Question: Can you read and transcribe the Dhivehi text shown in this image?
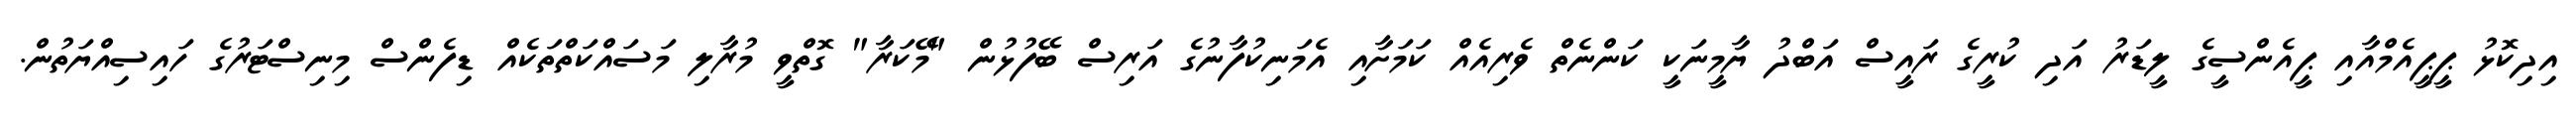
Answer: އިދިކޮޅު ޕީޕީއެމްއާއި ޕީއެންސީގެ ލީޑަރު އަދި ކުރީގެ ރައީސް އަބްދު ޔާމީނަކީ ކަންނެތް ވެރިއެއް ކަމަށާއި އެމަނިކުފާނުގެ އަރިސް ބޭފުޅުން "މޭކަރާ" ގޮތްވީ މުރާލި މަސައްކަތްތަކެއް ޑިފެންސް މިނިސްޓަރުގެ ހައިސިއްޔަތުން.